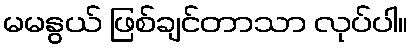
မမနွယ် ဖြစ်ချင်တာသာ လုပ်ပါ။